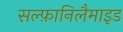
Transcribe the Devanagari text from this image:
सल्फ़ानिलैमाइड